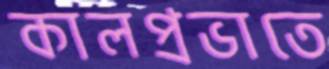
কালপ্রভাতে